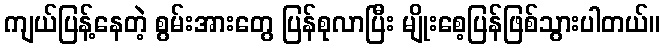
ကျယ်ပြန့်နေတဲ့ စွမ်းအားတွေ ပြန်စုလာပြီး မျိုးစေ့ပြန်ဖြစ်သွားပါတယ်။